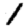
Digit: 1